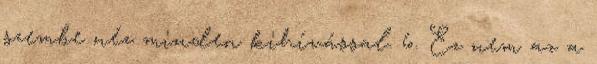
szembe néz minden kihívással. 6. Ez nem az a